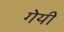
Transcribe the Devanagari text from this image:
गेयी